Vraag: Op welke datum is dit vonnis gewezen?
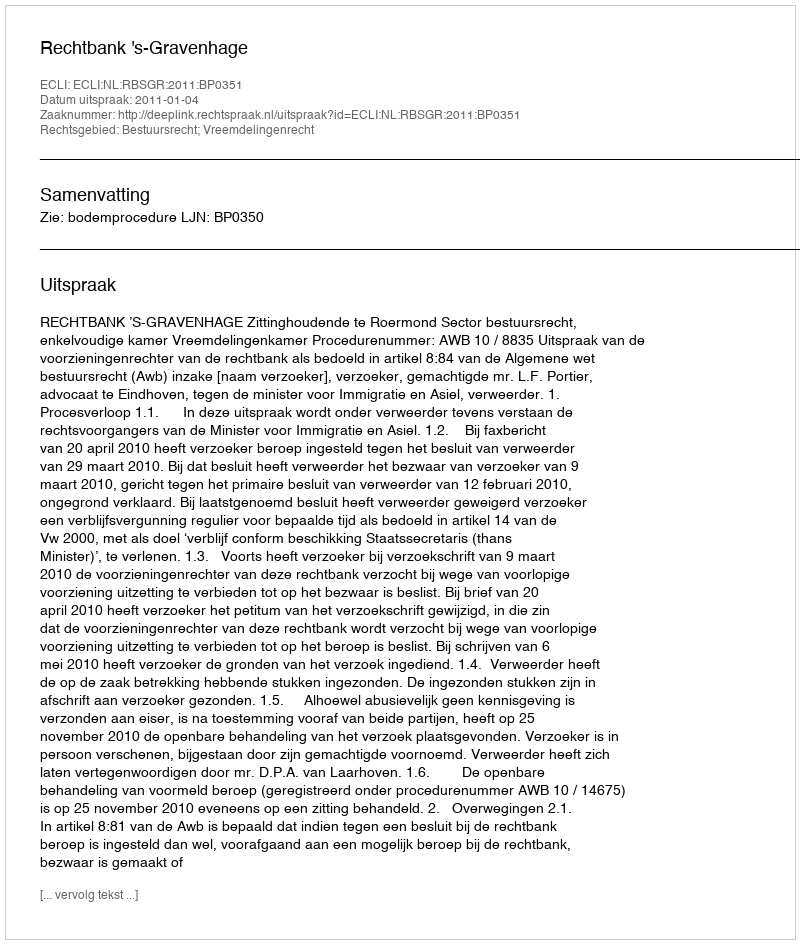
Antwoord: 2011-01-04